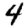
Digit: 4